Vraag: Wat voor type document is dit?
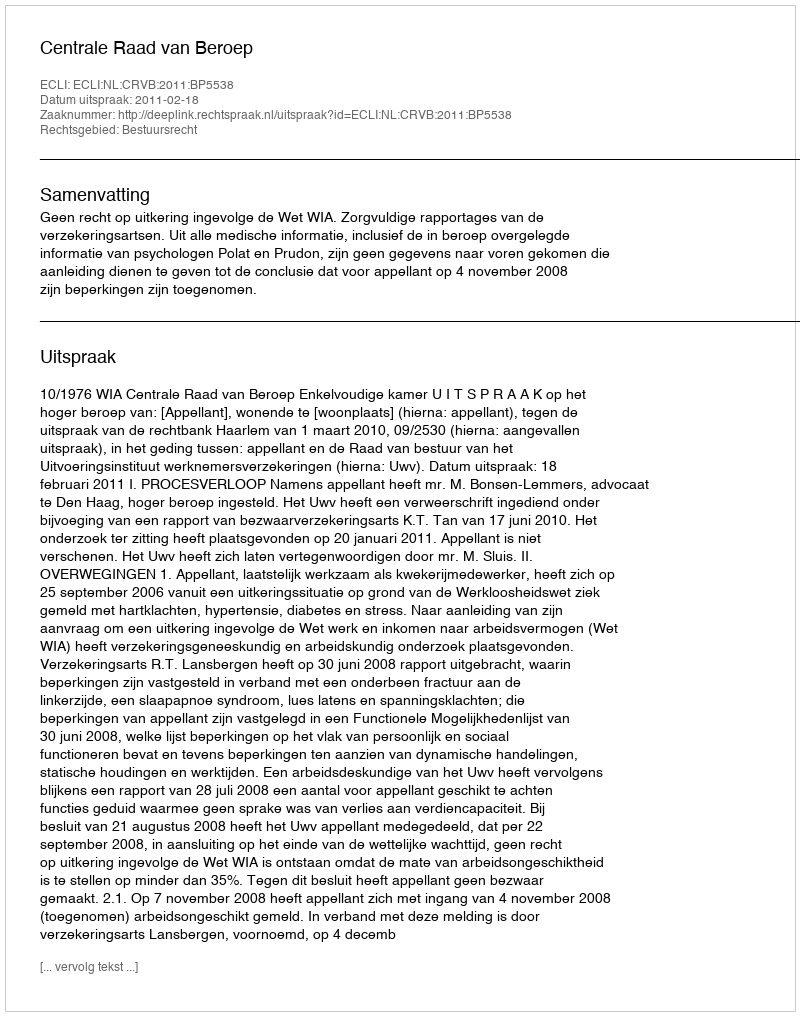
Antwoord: Uitspraak